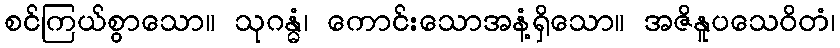
စင်ကြယ်စွာသော။ သုဂန္ဓံ၊ ကောင်းသောအနံ့ရှိသော။ အဇိနူပသေဝိတံ၊